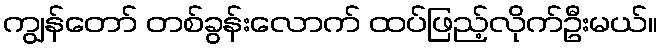
ကျွန်တော် တစ်ခွန်းလောက် ထပ်ဖြည့်လိုက်ဦးမယ်။